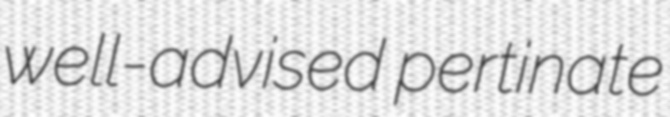
well-advised pertinate